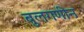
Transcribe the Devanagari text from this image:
बुलगणीन